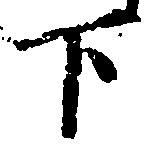
下